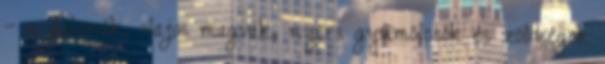
– a gabonák, olajos magvak, nyers gyümölcsök és zöldségek